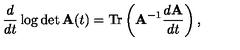
\frac d { d t } \log \det { \bf A } ( t ) = \mathrm { T } \mathrm { r } \left( { \bf A } ^ { - 1 } \frac { d { \bf A } } { d t } \right) ,